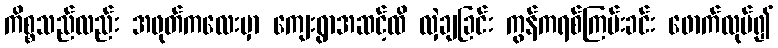
ကိစ္စသည်လည်း အဖုတ်ကလေးမှာ ကျေးရွာအဆင့်ထိ လှဲချခြင်း ကွန်ကရစ်ကြမ်းခင်း ဖောက်လုပ်၍